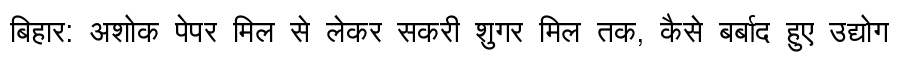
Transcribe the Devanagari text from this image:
बिहार: अशोक पेपर मिल से लेकर सकरी शुगर मिल तक, कैसे बर्बाद हुए उद्योग